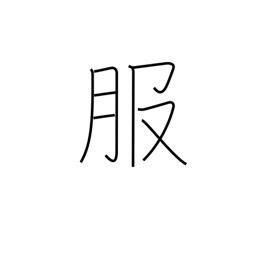
Meaning: clothing